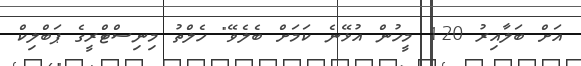
އަށް ބަލާއިރު 120 މީހުން އުޅޭނެ ކަމަށް ބެލެވޭ" ހެލްތު މިނިސްޓްރީގެ ޕަބްލިކް